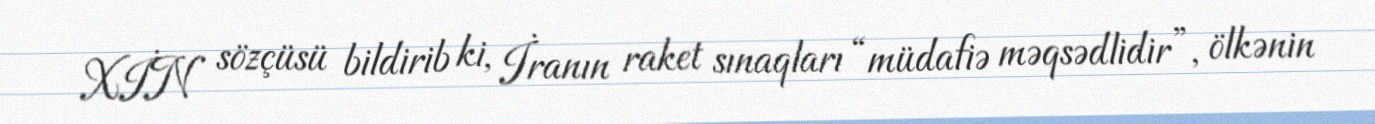
XİN sözçüsü bildirib ki, İranın raket sınaqları “müdafiə məqsədlidir”, ölkənin